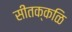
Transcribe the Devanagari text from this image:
सीतक्कळि